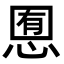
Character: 𢜹